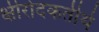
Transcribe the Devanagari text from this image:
क्षीरोदकतीर्थ